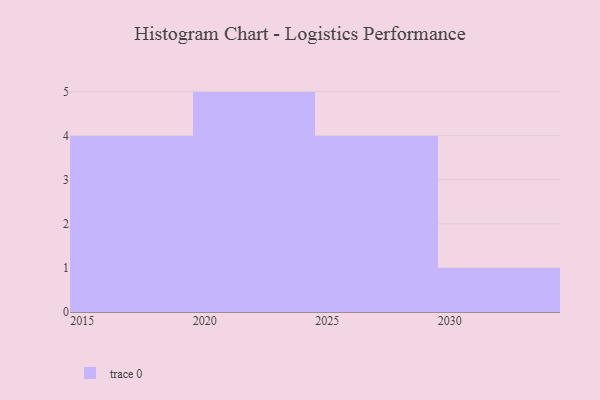
{"axis": {"x": "Year", "y": "Market Share (%)"}, "legend": [""], "data": [{"x": "2023", "y": 65, "type": ""}, {"x": "2021", "y": 87, "type": ""}, {"x": "2030", "y": 12, "type": ""}, {"x": "2026", "y": 10, "type": ""}, {"x": "2027", "y": 72, "type": ""}, {"x": "2022", "y": 50, "type": ""}, {"x": "2025", "y": 29, "type": ""}, {"x": "2015", "y": 79, "type": ""}, {"x": "2016", "y": 30, "type": ""}, {"x": "2024", "y": 6, "type": ""}, {"x": "2018", "y": 44, "type": ""}, {"x": "2029", "y": 92, "type": ""}, {"x": "2017", "y": 5, "type": ""}, {"x": "2020", "y": 10, "type": ""}]}